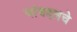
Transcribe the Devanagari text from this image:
यांबद्दलचे